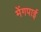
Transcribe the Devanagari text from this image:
मेंगपाई